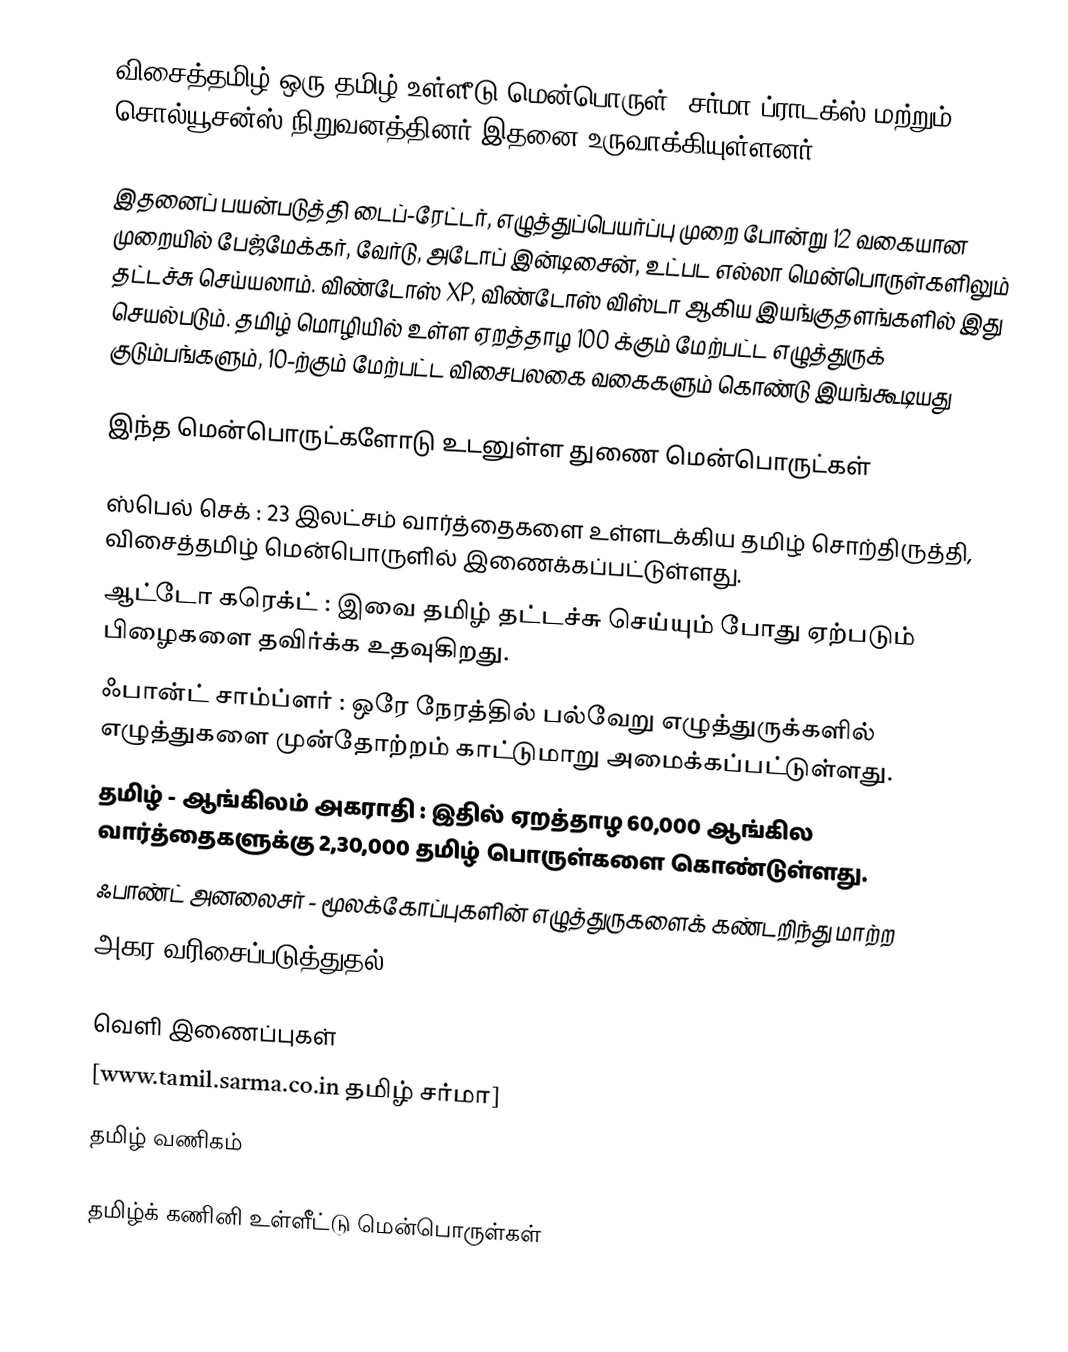
விசைத்தமிழ் ஒரு தமிழ் உள்ளீடு மென்பொருள். சர்மா ப்ராடக்ஸ் மற்றும் சொல்யூசன்ஸ் நிறுவனத்தினர் இதனை உருவாக்கியுள்ளனர்.

இதனைப் பயன்படுத்தி டைப்-ரேட்டர், எழுத்துப்பெயர்ப்பு முறை போன்று 12 வகையான முறையில் பேஜ்மேக்கர், வேர்டு, அடோப் இன்டிசைன், உட்பட எல்லா மென்பொருள்களிலும் தட்டச்சு செய்யலாம். விண்டோஸ் XP,  விண்டோஸ்  விஸ்டா ஆகிய இயங்குதளங்களில் இது செயல்படும். தமிழ் மொழியில் உள்ள ஏறத்தாழ 100 க்கும் மேற்பட்ட எழுத்துருக் குடும்பங்களும், 10-ற்கும் மேற்பட்ட விசைபலகை வகைகளும் கொண்டு இயங்கூடியது

இந்த மென்பொருட்களோடு உடனுள்ள துணை மென்பொருட்கள்

ஸ்பெல் செக் : 23 இலட்சம் வார்த்தைகளை உள்ளடக்கிய தமிழ் சொற்திருத்தி, விசைத்தமிழ் மென்பொருளில் இணைக்கப்பட்டுள்ளது.
ஆட்டோ கரெக்ட் : இவை தமிழ் தட்டச்சு செய்யும் போது ஏற்படும் பிழைகளை தவிர்க்க உதவுகிறது.
ஃபான்ட் சாம்ப்ளர் : ஒரே நேரத்தில் பல்வேறு எழுத்துருக்களில் எழுத்துகளை முன்தோற்றம் காட்டுமாறு அமைக்கப்பட்டுள்ளது.
தமிழ் - ஆங்கிலம் அகராதி : இதில் ஏறத்தாழ 60,000 ஆங்கில வார்த்தைகளுக்கு 2,30,000 தமிழ் பொருள்களை கொண்டுள்ளது.
ஃபாண்ட் அனலைசர் - மூலக்கோப்புகளின் எழுத்துருகளைக் கண்டறிந்து மாற்ற
அகர வரிசைப்படுத்துதல்

வெளி இணைப்புகள்
[www.tamil.sarma.co.in தமிழ் சர்மா]
தமிழ் வணிகம்

தமிழ்க் கணினி உள்ளீட்டு மென்பொருள்கள்